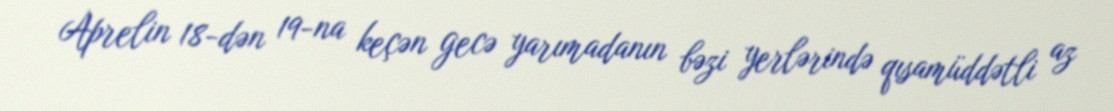
Aprelin 18-dən 19-na keçən gecə yarımadanın bəzi yerlərində qısamüddətli az